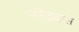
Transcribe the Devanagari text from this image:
नरेंद्रदास